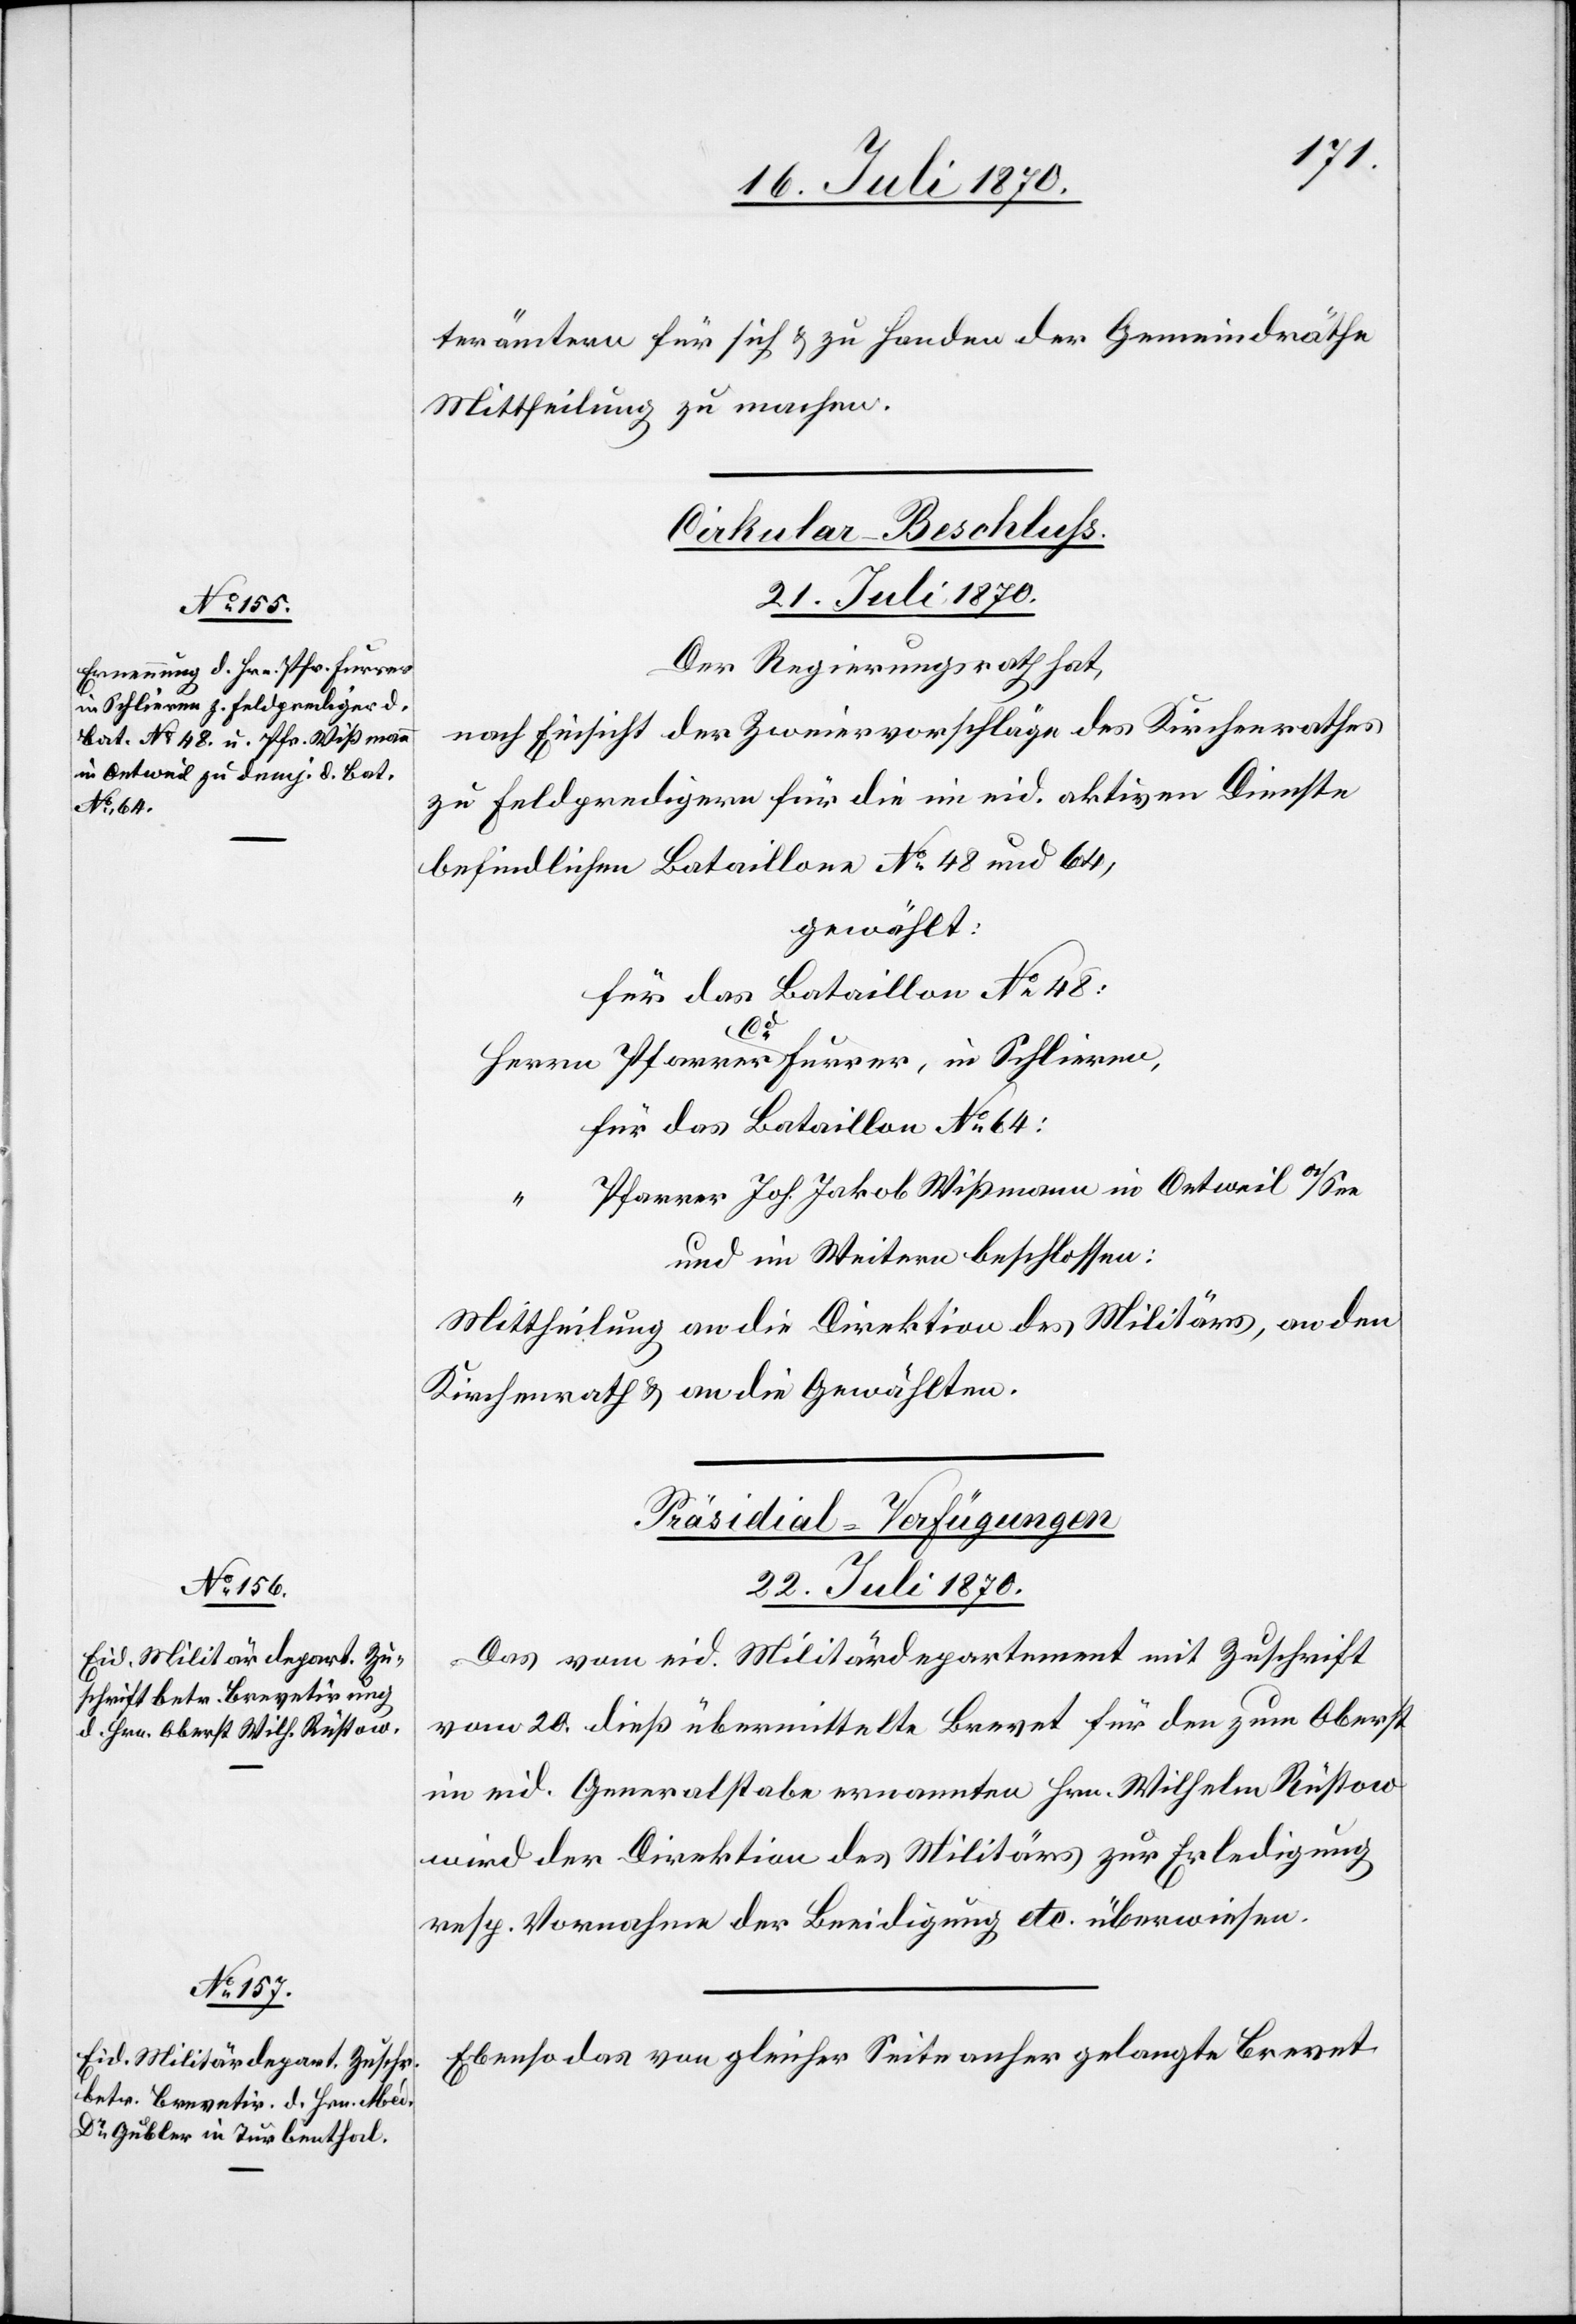
terämtern für sich & zu Handen der Gemeindräte
Mittheilung zu machen.
Cirkular-Beschluss.
21. Juli 1870.
Der Regierungsrath hat,
nach Einsicht der Zweiervorschläge des Kirchenrathes
zu Feldpredigern für die im eid. aktiven Dienste
befindlichen Bataillone No 48 und 64,
gewählt:
Für das Bataillon No 48:
Herrn Pfarrer Cd Furrer, in Schlieren.
Für das Bataillon No 64:
Pfarrer Joh. Jakob Wißmann in Oetweil a/See
und im Weitern beschlossen:
Mittheilung an die Direktion des Militärs, an den
Kirchenrath & an die Gewählten.
[Präsidial-Verfügungen
22. Juli 1870.]
Das vom eid. Militärdepartement mit Zuschrift
vom 20. dieß übermittelte Brevet für den zum Oberst
im eid. Generalstabe ernannten Hrn. Wilhelm Rüstow
wird der Direktion des Militärs zur Erledigung
resp. Vornahme der Beeidigung etc. überwiesen.
Ebenso das von gleicher Seite anher gelangte Brevet